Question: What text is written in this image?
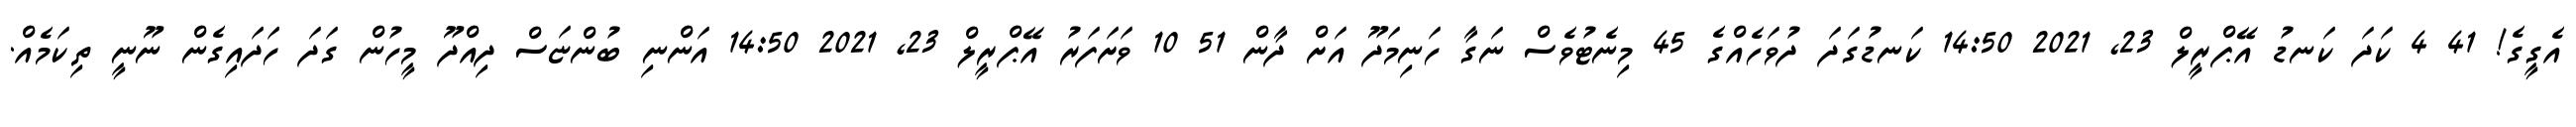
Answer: އެގީގެ! 41 4 ކަދަ ކަނޑު އޭޕްރީލް 23, 2021 14:50 ކަނޑުގަދަ ދުވަހެއްގެ 45 މިނެޓުވެސް ނަގާ ހަނިމަދޫ އަށް ދާން 51 10 ވަށަފަރު އޭޕްރީލް 23, 2021 14:50 އަންނި ބުންޏަސް ދިއްދޫ މީހުން ގަދަ ހަދައިގެން ނޫނީ ތިކަމެއް.